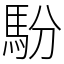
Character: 䭻